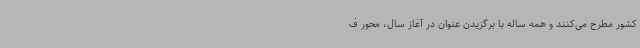
کشور مطرح می‌کنند و همه ساله با برگزیدن عنوان در آغاز سال، محور ف